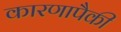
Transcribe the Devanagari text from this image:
कारणापैकी